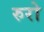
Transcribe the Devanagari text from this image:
रुरो